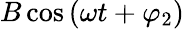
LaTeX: B\cos{\left(\omega t+\varphi_{2}\right)}